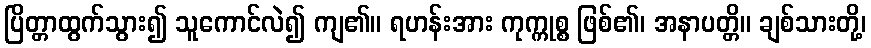
ပြိတ္တာထွက်သွား၍ သူကောင်လဲ၍ ကျ၏။ ရဟန်းအား ကုက္ကုစ္စ ဖြစ်၏၊ အနာပတ္တိ။ ချစ်သားတို့၊